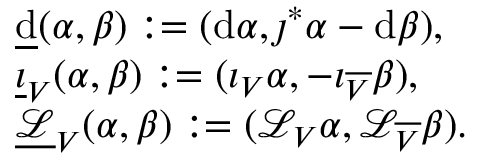
\begin{array} { r l } & { \underline { { \mathrm { d } } } ( \alpha , \beta ) : = ( \mathrm { d } \alpha , \jmath ^ { * } \alpha - \mathrm { d } \beta ) , } \\ & { \underline { { \imath } } _ { V } ( \alpha , \beta ) : = ( \imath _ { V } \alpha , - \imath _ { \overline { { V } } } \beta ) , } \\ & { \underline { { \mathcal { L } } } _ { V } ( \alpha , \beta ) : = ( \mathcal { L } _ { V } \alpha , \mathcal { L } _ { \overline { { V } } } \beta ) . } \end{array}